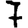
Digit: 7